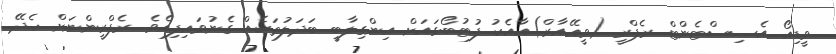
ވީޑިއޯ އެސިސްޓެންޓް ރެފްރީ (ވީއޭއާރް)އާއެކު ފުޓުބޯޅައަށް އިންގިލާބީ ބަދަލުތަކެއް ގެނުވައިފިއެވެ. ރެފްރީންނަށް ހެދޭ